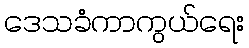
ဒေသခံကာကွယ်ရေး